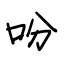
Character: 吩